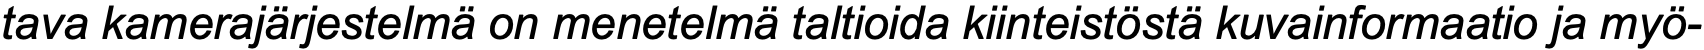
tava kamerajärjestelmä on menetelmä taltioida kiinteistöstä kuvainformaatio ja myö-